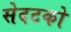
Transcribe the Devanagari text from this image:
सेदटको